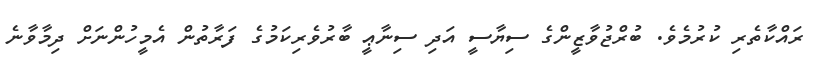
ރައްކާތެރި ކުރުމެވެ. ބުރްޖުވާޒީންގެ ސިޔާސީ އަދި ސިނާޢީ ބާރުވެރިކަމުގެ ފަރާތުން އެމީހުންނަށް ދިމާވާނެ